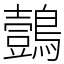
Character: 鷧